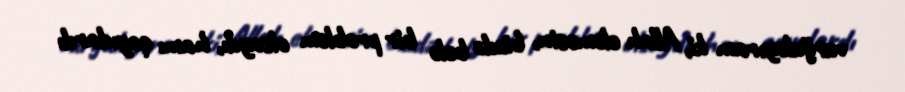
vurğulayıram ki, Allah eləməsin, bizdə belə bir problem olsaydı, hamı qayıdardı